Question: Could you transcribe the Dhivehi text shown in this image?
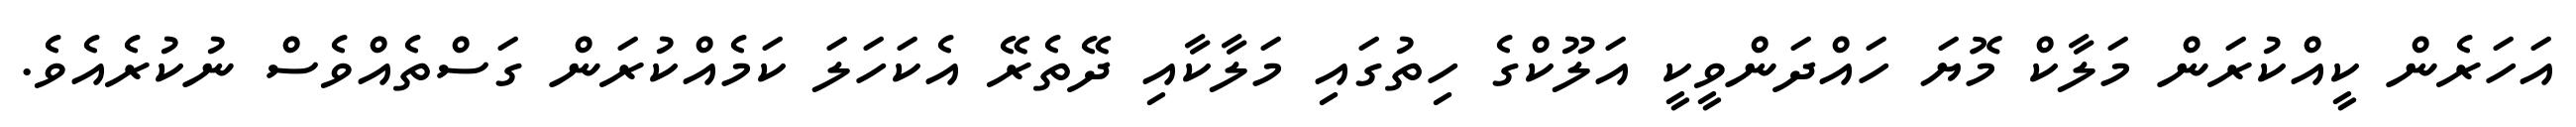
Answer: އަހަރެން ކީއްކުރަން މަލާކް މޮޔަ ހައްދަންވީކީ އަލޫކްގެ ހިތުގައި މަލާކާއި ދޭތެރޭ އެކަހަލަ ކަމެއްކުރަން ގަސްތެއްވެސް ނުކުރެއެވެ.